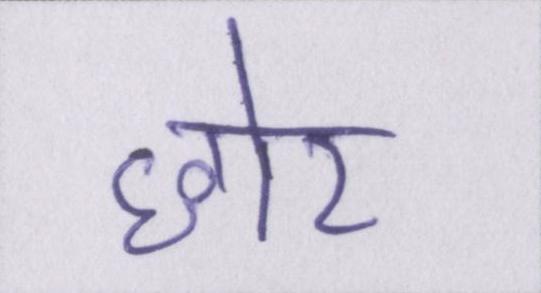
छोर